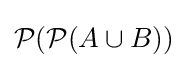
{\mathcal {P}}({\mathcal {P}}(A\cup B))